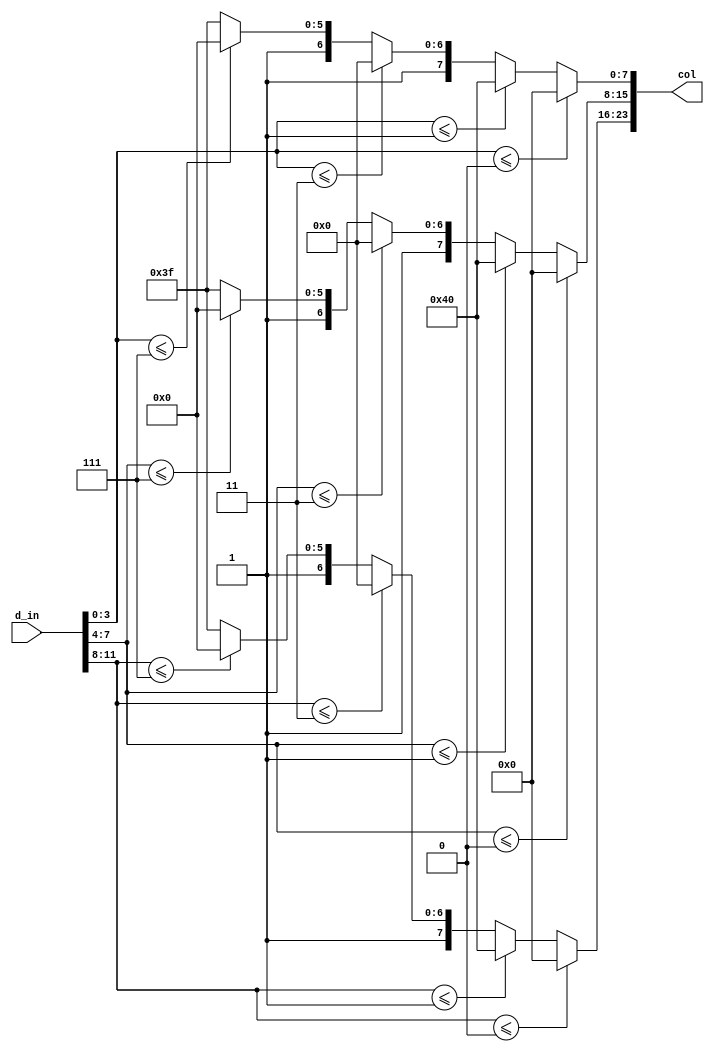
module d2col(d_in, col);
    input [11:0] d_in;
    output [23:0] col;

    function [7:0] d2c;
        input [3:0] d;
        if (d <= 4'd0)
            d2c = 8'h00;
        else if (d <= 4'd1)
            d2c = 8'h40;
        else if (d <= 4'd3)
            d2c = 8'h80;
        else if (d <= 4'd7)
            d2c = 8'hc0;
        else
            d2c = 8'hff;
    endfunction

    assign col = {d2c(d_in[11:08]), d2c(d_in[07:04]), d2c(d_in[03:00])};

endmodule